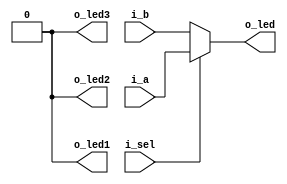
/*
    Multiplexer
    -----------

            FPGA
            +---------------+
            |               |
      i_sel |   +-+         |
    --------+---|  \        |
      i_a   |   |   \       |
    --------+---|   |       |  o_led
      i_b   |   |   +-------+---------
    --------+---|   |       |
            |   |   /       |
            |   |  /        |
            |   +-+         |
            |               |
            +---------------+

*/

`default_nettype none

module mux(i_a, i_b, i_sel, o_led, o_led1, o_led2, o_led3);
    input wire i_a, i_b, i_sel;
    output wire o_led;

    output wire o_led1;
    output wire o_led2;
    output wire o_led3;

    assign o_led = i_sel ? i_a : i_b;

    assign o_led1 = 0;
    assign o_led2 = 0;
    assign o_led3 = 0;

endmodule